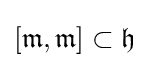
[{\mathfrak {m}},{\mathfrak {m}}]\subset {\mathfrak {h}}